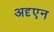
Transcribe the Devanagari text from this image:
अदृएन